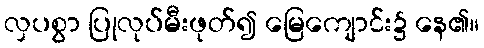
လှပစွာ ပြုလုပ်မီးဖုတ်၍ မြေကျောင်း၌ နေ၏။